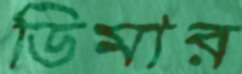
ডিমার